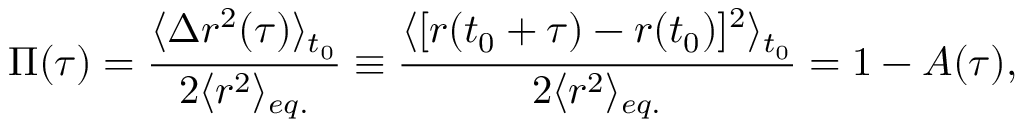
\Pi ( \tau ) = \frac { \langle \Delta r ^ { 2 } ( \tau ) \rangle _ { t _ { 0 } } } { 2 \langle r ^ { 2 } \rangle _ { e q . } } \equiv \frac { \langle [ r ( t _ { 0 } + \tau ) - r ( t _ { 0 } ) ] ^ { 2 } \rangle _ { t _ { 0 } } } { 2 \langle r ^ { 2 } \rangle _ { e q . } } = 1 - A ( \tau ) ,